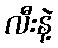
လီးနဲ့